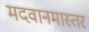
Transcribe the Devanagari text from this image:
मदवानमास्तर